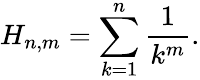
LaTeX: H_{n,m}=\sum_{k=1}^{n}{\frac{1}{k^{m}}}.